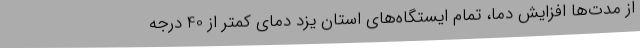
از مدت‌ها افزایش دما، تمام ایستگاه‌های استان یزد دمای کمتر از 40 درجه